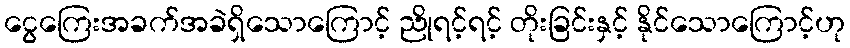
ငွေကြေးအခက်အခဲရှိသောကြောင့် ညိုရင့်ရင့် တိုးခြင်းနှင့် နိုင်သောကြောင့်ဟု